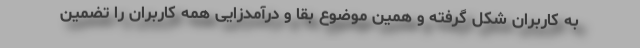
به کاربران شکل گرفته و همین موضوع بقا و درآمدزایی همه کاربران را تضمین